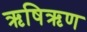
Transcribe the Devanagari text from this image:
ऋषिऋण